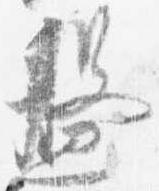
盤